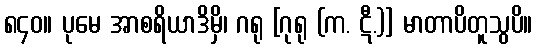
၈၄၀။ ပုမေ အာစရိယာဒိမှိ၊ ဂရု [ဂုရု (က. ဋီ.)] မာတာပိတူသွပိ။